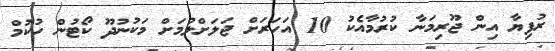
ރުފިޔާ އިން ޖޫރިމަނާ ކުރުމާއެކު 10 އަހަރަށް ޖަލަށްލުމަށް މަކުނުދޫ ކޯޓުން ހުކުމް